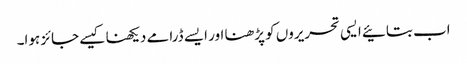
اب بتائیے ایسی تحریروں کو پڑھنا اور ایسے ڈرامے دیکھنا کیسے جائز ہوا۔